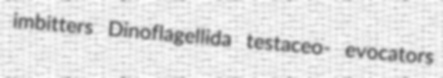
imbitters Dinoflagellida testaceo- evocators